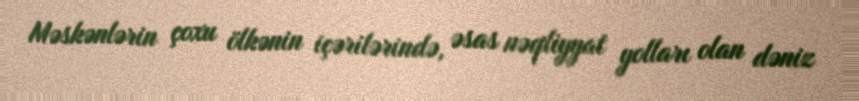
Məskənlərin çoxu ölkənin içərilərində, əsas nəqliyyat yolları olan dəniz